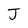
Character: J